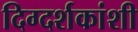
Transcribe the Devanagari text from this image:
दिग्दर्शकांशी